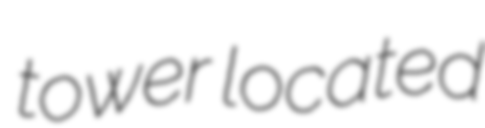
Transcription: tower located